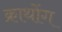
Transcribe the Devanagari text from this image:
क्राथोंग